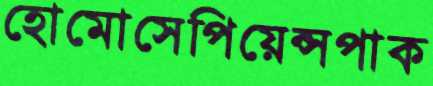
হোমোসেপিয়েন্সপাক